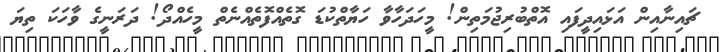
ޗައިނާއިން އަޅައިދީފައި އޮތްބުރިޖުމަތިން! މީހަދަހާވާ ހަޔާތްކުޑަ ގޮތެއްފޮތެއްނެތް މީހެއްދޯ! ދަރަނީގެ ވާހަކަ ތިޔަ